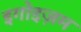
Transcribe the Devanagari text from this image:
इगोइज़म